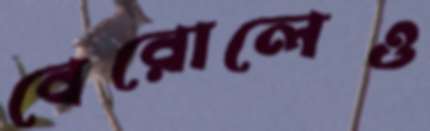
বেরোলেও